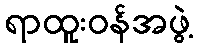
ရာထူးဝန်အဖွဲ့